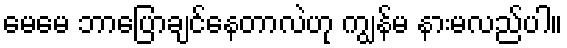
မေမေ ဘာပြောချင်နေတာလဲဟု ကျွန်မ နားမလည်ပါ။